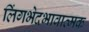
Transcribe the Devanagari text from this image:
लिंगभेदभावात्मक